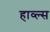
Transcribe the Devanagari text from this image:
हाव्ल्स